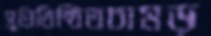
সুপ্রিতিষ্ঠিতচামড়